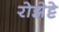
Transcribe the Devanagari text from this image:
रोझेट्टे